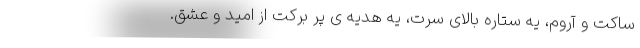
ساکت و آروم، یه ستاره بالای سرت، یه هدیه ی پر برکت از امید و عشق.